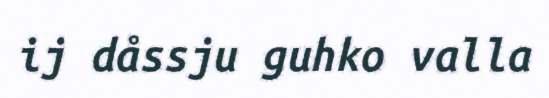
ij dåssju guhko valla